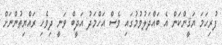
ފުރިހަަމަ ޔަޤީންކަން އެ ބައްދަލުވުމުގައި ވެސް އަހްމަދު އަދީބް ވަނީ ދިވެހި ރައްޔިތުންނަށް